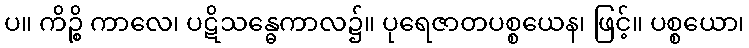
ပ။ ကိဉ္စိ ကာလေ၊ ပဋိသန္ဓေကာလ၌။ ပုရေဇာတပစ္စယေန၊ ဖြင့်။ ပစ္စယော၊